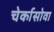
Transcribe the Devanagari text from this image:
चेर्कासोवा